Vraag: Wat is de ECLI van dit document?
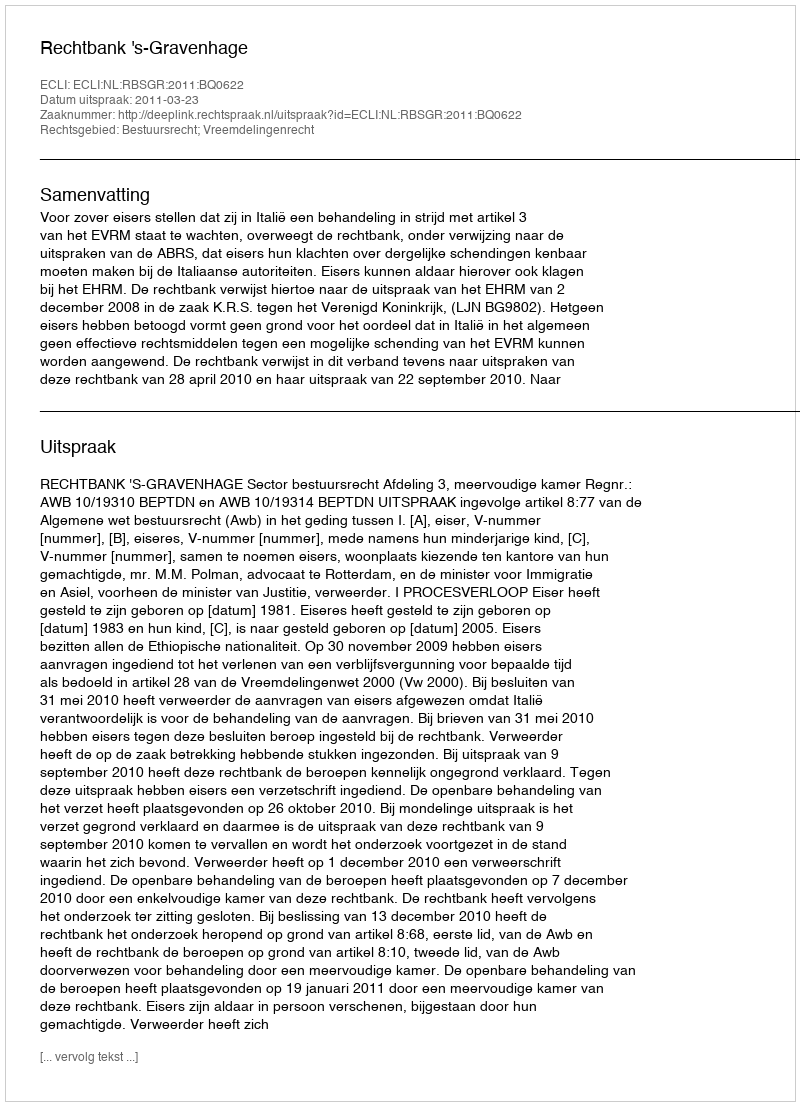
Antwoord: ECLI:NL:RBSGR:2011:BQ0622